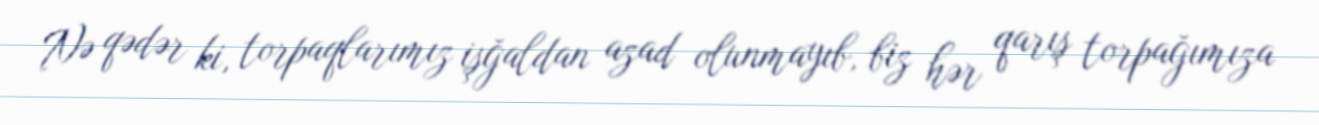
Nə qədər ki, torpaqlarımız işğaldan azad olunmayıb, biz hər qarış torpağımıza